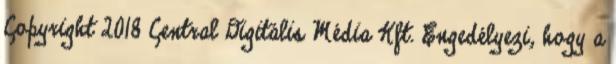
Copyright 2018 Central Digitális Média Kft. Engedélyezi, hogy a